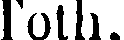
Toth.